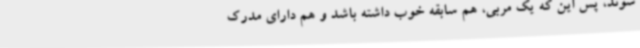
شوند، پس این که یک مربی، هم سابقه خوب داشته باشد و هم دارای مدرک